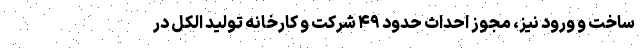
ساخت و ورود نیز، مجوز احداث حدود ۴۹ شرکت و کارخانه تولید الکل در